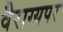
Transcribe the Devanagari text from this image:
वैराग्यपर